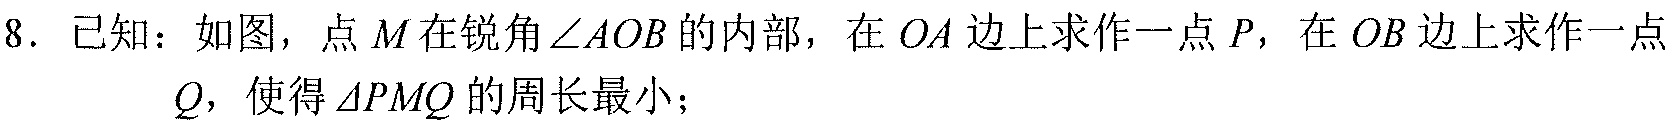
8. 已知：如图，点\(M\)在锐角\(\angle AOB\)的内部，在\(OA\)边上求作一点\(P\)，在\(OB\)边上求作一点\(Q\)，使得\(\triangle PMQ\)的周长最小；